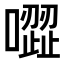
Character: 𠽼